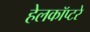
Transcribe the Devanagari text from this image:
हेलकॉप्टरे